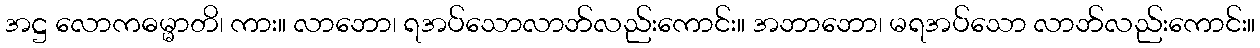
အဋ္ဌ လောကဓမ္မာတိ၊ ကား။ လာဘော၊ ရအပ်သောလာဘ်လည်းကောင်း။ အဘာဘော၊ မရအပ်သော လာဘ်လည်းကောင်း။